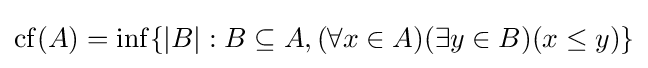
\operatorname {cf} (A)=\inf\{|B|:B\subseteq A,(\forall x\in A)(\exists y\in B)(x\leq y)\}